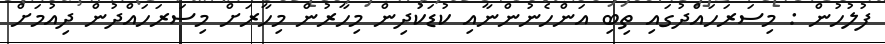
ފުލުހުން : މިސަރަހައްދުގައި ތިބި އަންހެނުންނާއި ކުޑަކުދިން މިހާރުން މިހާރަށް މިސަރަހައްދުން ދިއުމަށް